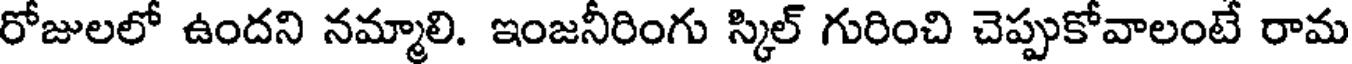
రోజులలో ఉందని నమ్మాలి. ఇంజనీరింగు స్కిల్ గురించి చెప్పుకోవాలంటే రామ